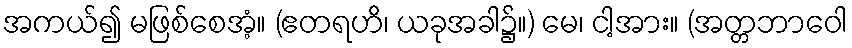
အကယ်၍ မဖြစ်စေအံ့။ (ဧတရဟိ၊ ယခုအခါ၌။) မေ၊ ငါ့အား။ (အတ္တဘာဝေါ